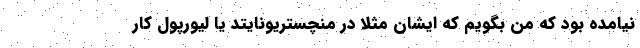
نیامده بود که من بگویم که ایشان مثلا در منچستریونایتد یا لیورپول کار